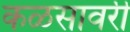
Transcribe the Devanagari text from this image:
कळसावरी